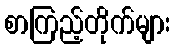
စာကြည့်တိုက်များ